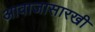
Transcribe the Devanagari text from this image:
आवाजासारखी